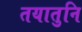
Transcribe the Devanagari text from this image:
तयातुनि